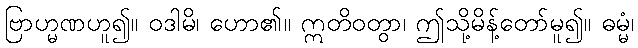
ဗြာဟ္မဏဟူ၍။ ဝဒါမိ၊ ဟော၏။ ဣတိဝတွာ၊ ဤသို့မိန့်တော်မူ၍။ ဓမ္မံ၊